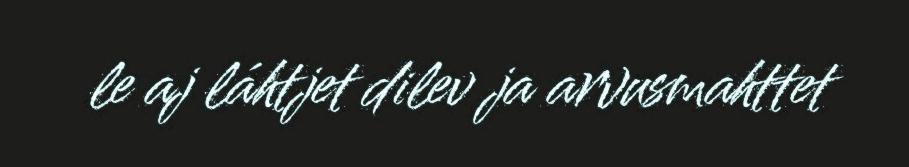
le aj láhtjet dilev ja arvusmahttet